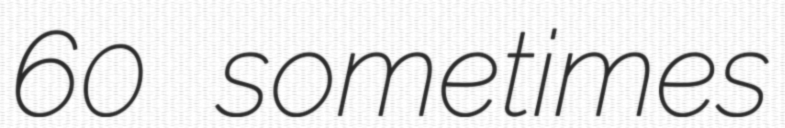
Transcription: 60 sometimes